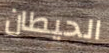
الحيطان